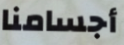
أجسامنا